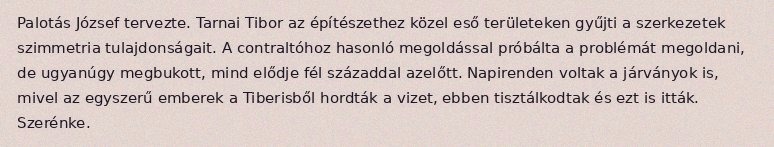
Palotás József tervezte. Tarnai Tibor az építészethez közel eső területeken gyűjti a szerkezetek szimmetria tulajdonságait. A contraltóhoz hasonló megoldással próbálta a problémát megoldani, de ugyanúgy megbukott, mind elődje fél századdal azelőtt. Napirenden voltak a járványok is, mivel az egyszerű emberek a Tiberisből hordták a vizet, ebben tisztálkodtak és ezt is itták. Szerénke.